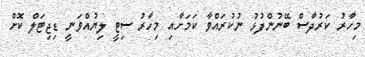
މިހާރު ކަރުދާސް ބޭނުންފުޅު ނުކުރައްވާ ކަމަށާއި މިހާރު ސިޓީ ލިޔުއްވަނީ ޑިޖިޓަލް ކޮށް